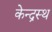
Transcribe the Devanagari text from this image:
केन्द्रस्थ